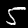
Digit: 5